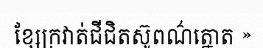
ខ្សែក្រវាត់ជីជិតស៊ូពណ៌ត្នោត »